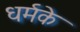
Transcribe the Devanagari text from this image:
धर्मके